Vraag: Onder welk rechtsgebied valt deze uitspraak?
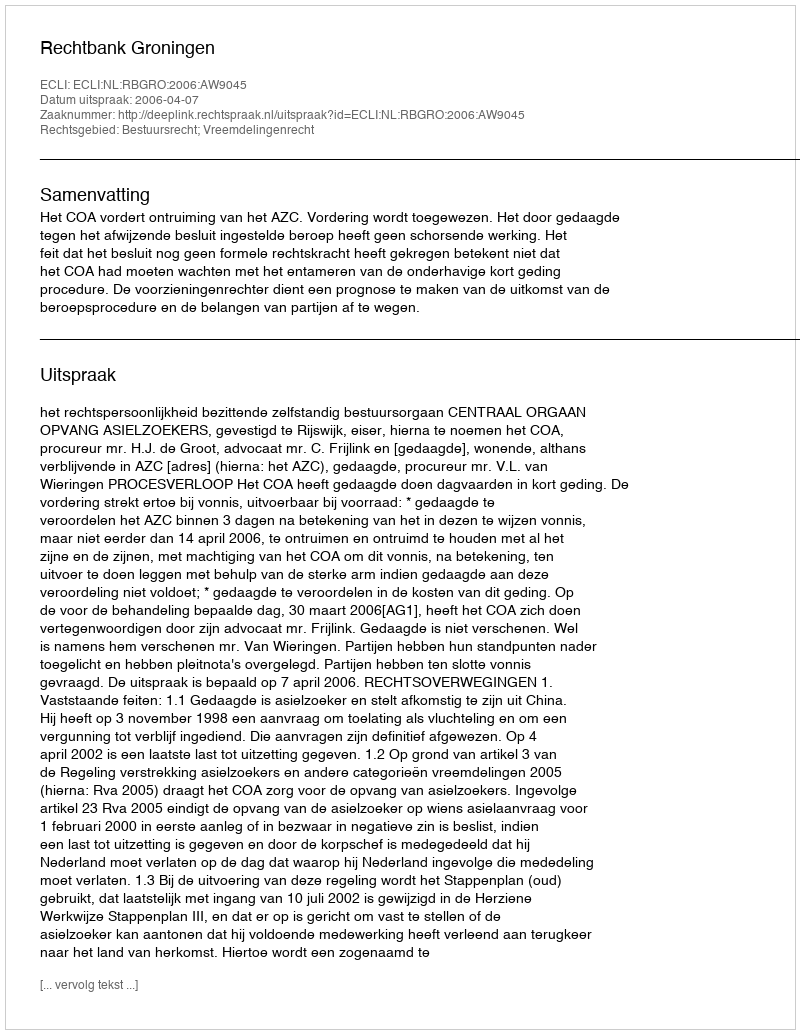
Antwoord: Bestuursrecht; Vreemdelingenrecht